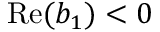
\mathrm { R e } ( b _ { 1 } ) < 0